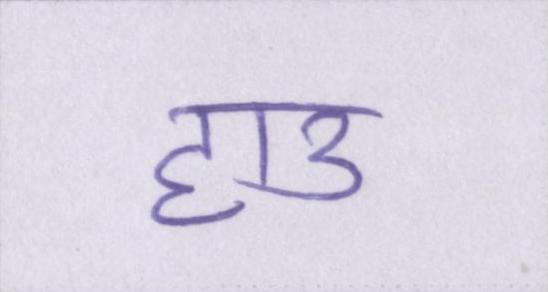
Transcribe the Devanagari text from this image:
हाउ